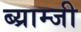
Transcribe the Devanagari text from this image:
ब्य्राम्जी